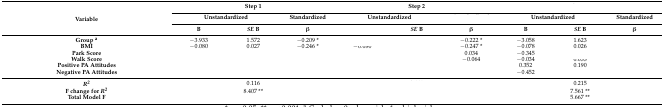
<table><thead><tr><td rowspan="3"><b>Variable</b></td><td colspan="3"><b>Step 1</b></td><td colspan="3"><b>Step 2</b></td><td colspan="3">[EMPTY_CELL]</td></tr><tr><td colspan="2"><b>Unstandardized</b></td><td><b>Standardized</b></td><td colspan="2"><b>Unstandardized</b></td><td>[EMPTY_CELL]</td><td colspan="2"><b>Unstandardized</b></td><td><b>Standardized</b></td></tr><tr><td><b>B</b></td><td><b><i>SE</i> B</b></td><td><b>β</b></td><td>[EMPTY_CELL]</td><td><b><i>SE</i> B</b></td><td><b>β</b></td><td><b>B</b></td><td><b><i>SE</i> B</b></td><td><b>β</b></td></tr></thead><tbody><tr><td><b>Group <sup>a</sup></b></td><td>−3.933</td><td>1.572</td><td>−0.209 *</td><td>[EMPTY_CELL]</td><td>[EMPTY_CELL]</td><td>−0.222 * </td><td>−3.058</td><td>1.623</td><td>[EMPTY_CELL]</td></tr><tr><td><b>BMI</b></td><td>−0.080</td><td>0.027</td><td>−0.246 *</td><td>−0.080</td><td>[EMPTY_CELL]</td><td>−0.247 *</td><td>−0.078</td><td>0.026</td><td>[EMPTY_CELL]</td></tr><tr><td><b>Park Score</b></td><td>[EMPTY_CELL]</td><td>[EMPTY_CELL]</td><td>[EMPTY_CELL]</td><td>[EMPTY_CELL]</td><td>[EMPTY_CELL]</td><td>0.034</td><td>−0.345</td><td>[EMPTY_CELL]</td><td>[EMPTY_CELL]</td></tr><tr><td><b>Walk Score</b></td><td>[EMPTY_CELL]</td><td>[EMPTY_CELL]</td><td>[EMPTY_CELL]</td><td>[EMPTY_CELL]</td><td>[EMPTY_CELL]</td><td>−0.064</td><td>−0.034</td><td>0.033</td><td>[EMPTY_CELL]</td></tr><tr><td><b>Positive PA Attitudes</b></td><td>[EMPTY_CELL]</td><td>[EMPTY_CELL]</td><td>[EMPTY_CELL]</td><td>[EMPTY_CELL]</td><td>[EMPTY_CELL]</td><td>[EMPTY_CELL]</td><td>0.352</td><td>0.190</td><td>[EMPTY_CELL]</td></tr><tr><td><b>Negative PA Attitudes</b></td><td>[EMPTY_CELL]</td><td>[EMPTY_CELL]</td><td>[EMPTY_CELL]</td><td>[EMPTY_CELL]</td><td>[EMPTY_CELL]</td><td>[EMPTY_CELL]</td><td>−0.452</td><td>[EMPTY_CELL]</td><td>[EMPTY_CELL]</td></tr><tr><td><b><i>R<sup>2</sup></i></b></td><td>[EMPTY_CELL]</td><td>0.116</td><td>[EMPTY_CELL]</td><td>[EMPTY_CELL]</td><td>[EMPTY_CELL]</td><td>[EMPTY_CELL]</td><td>[EMPTY_CELL]</td><td>0.215</td><td>[EMPTY_CELL]</td></tr><tr><td><b>F change for <i>R<sup>2</sup></i></b></td><td>[EMPTY_CELL]</td><td>8.407 **</td><td>[EMPTY_CELL]</td><td>[EMPTY_CELL]</td><td>[EMPTY_CELL]</td><td>[EMPTY_CELL]</td><td>[EMPTY_CELL]</td><td>7.561 **</td><td>[EMPTY_CELL]</td></tr><tr><td><b>Total Model F </b></td><td>[EMPTY_CELL]</td><td>[EMPTY_CELL]</td><td>[EMPTY_CELL]</td><td>[EMPTY_CELL]</td><td>[EMPTY_CELL]</td><td>[EMPTY_CELL]</td><td>[EMPTY_CELL]</td><td>5.667 **</td><td>[EMPTY_CELL]</td></tr></tbody></table>